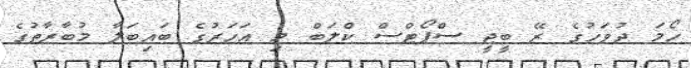
ހޯމަ ދުވަހުގެ ރޭ ބީޖީ ސްޕޯޓްސް ކްލަބް މި އަހަރުގެ ބައިބަލާ މުބާރާތުގެ